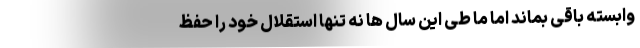
وابسته باقی بماند اما ما طی این سال ها نه تنها استقلال خود را حفظ